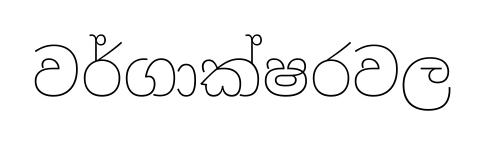
වර්ගාක්ෂරවල